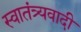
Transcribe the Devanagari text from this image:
स्वातंत्र्यवादी